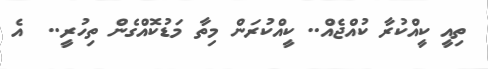
ތިއީ ކީއްކުރާ ކުއްޖެއް.. ކީއްކުރަން މިތާ މަޑުކޮއްގެން ތިހުރީ..  އެ